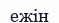
ежін